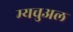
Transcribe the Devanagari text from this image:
म्यचुअल